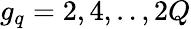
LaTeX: g_{q}=2,4,..,2Q